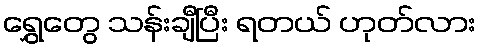
ရွှေတွေ သန်းချီပြီး ရတယ် ဟုတ်လား